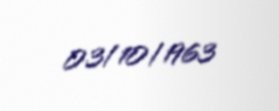
03/10/1963